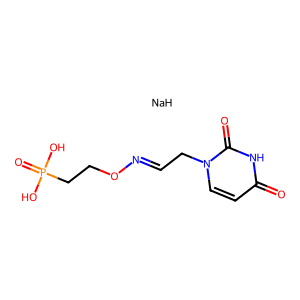
SMILES: O=c1ccn(CC=NOCCP(=O)(O)O)c(=O)[nH]1.[NaH]
Inhibits HIV replication: No